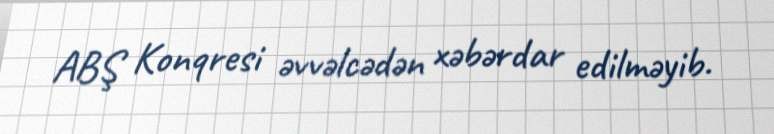
ABŞ Konqresi əvvəlcədən xəbərdar edilməyib.